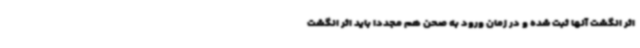
اثر انگشت آنها ثبت شده و در زمان ورود به صحن هم مجددا باید اثر انگشت